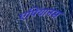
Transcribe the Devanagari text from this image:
एपियानस